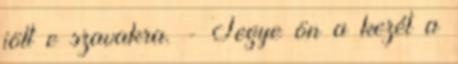
jött e szavakra. - Tegye ön a kezét a